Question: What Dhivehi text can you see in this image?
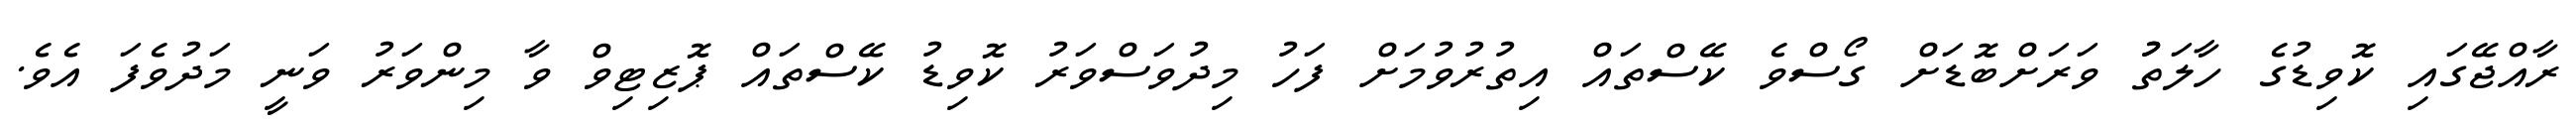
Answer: ރާއްޖޭގައި ކޮވިޑުގެ ހާލަތުު ވަރަށްބޮޑަށް ގޯސްވެ ކޭސްތައް އިތުރުވުމަށް ފަހު މިދުވަސްވަރު ކޮވިޑު ކޭސްތައް ޕޮޒިޓިވް ވާ މިންވަރު ވަނީ މަދުވެފަ އެވެ.